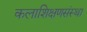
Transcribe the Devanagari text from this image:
कलाशिक्षणसंस्था